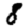
Digit: 8